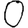
Digit: 0